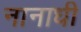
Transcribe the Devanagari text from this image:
नानाधी